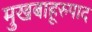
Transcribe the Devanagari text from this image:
मुखबाहूरुपाद